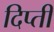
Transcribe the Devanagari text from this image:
दिप्ती